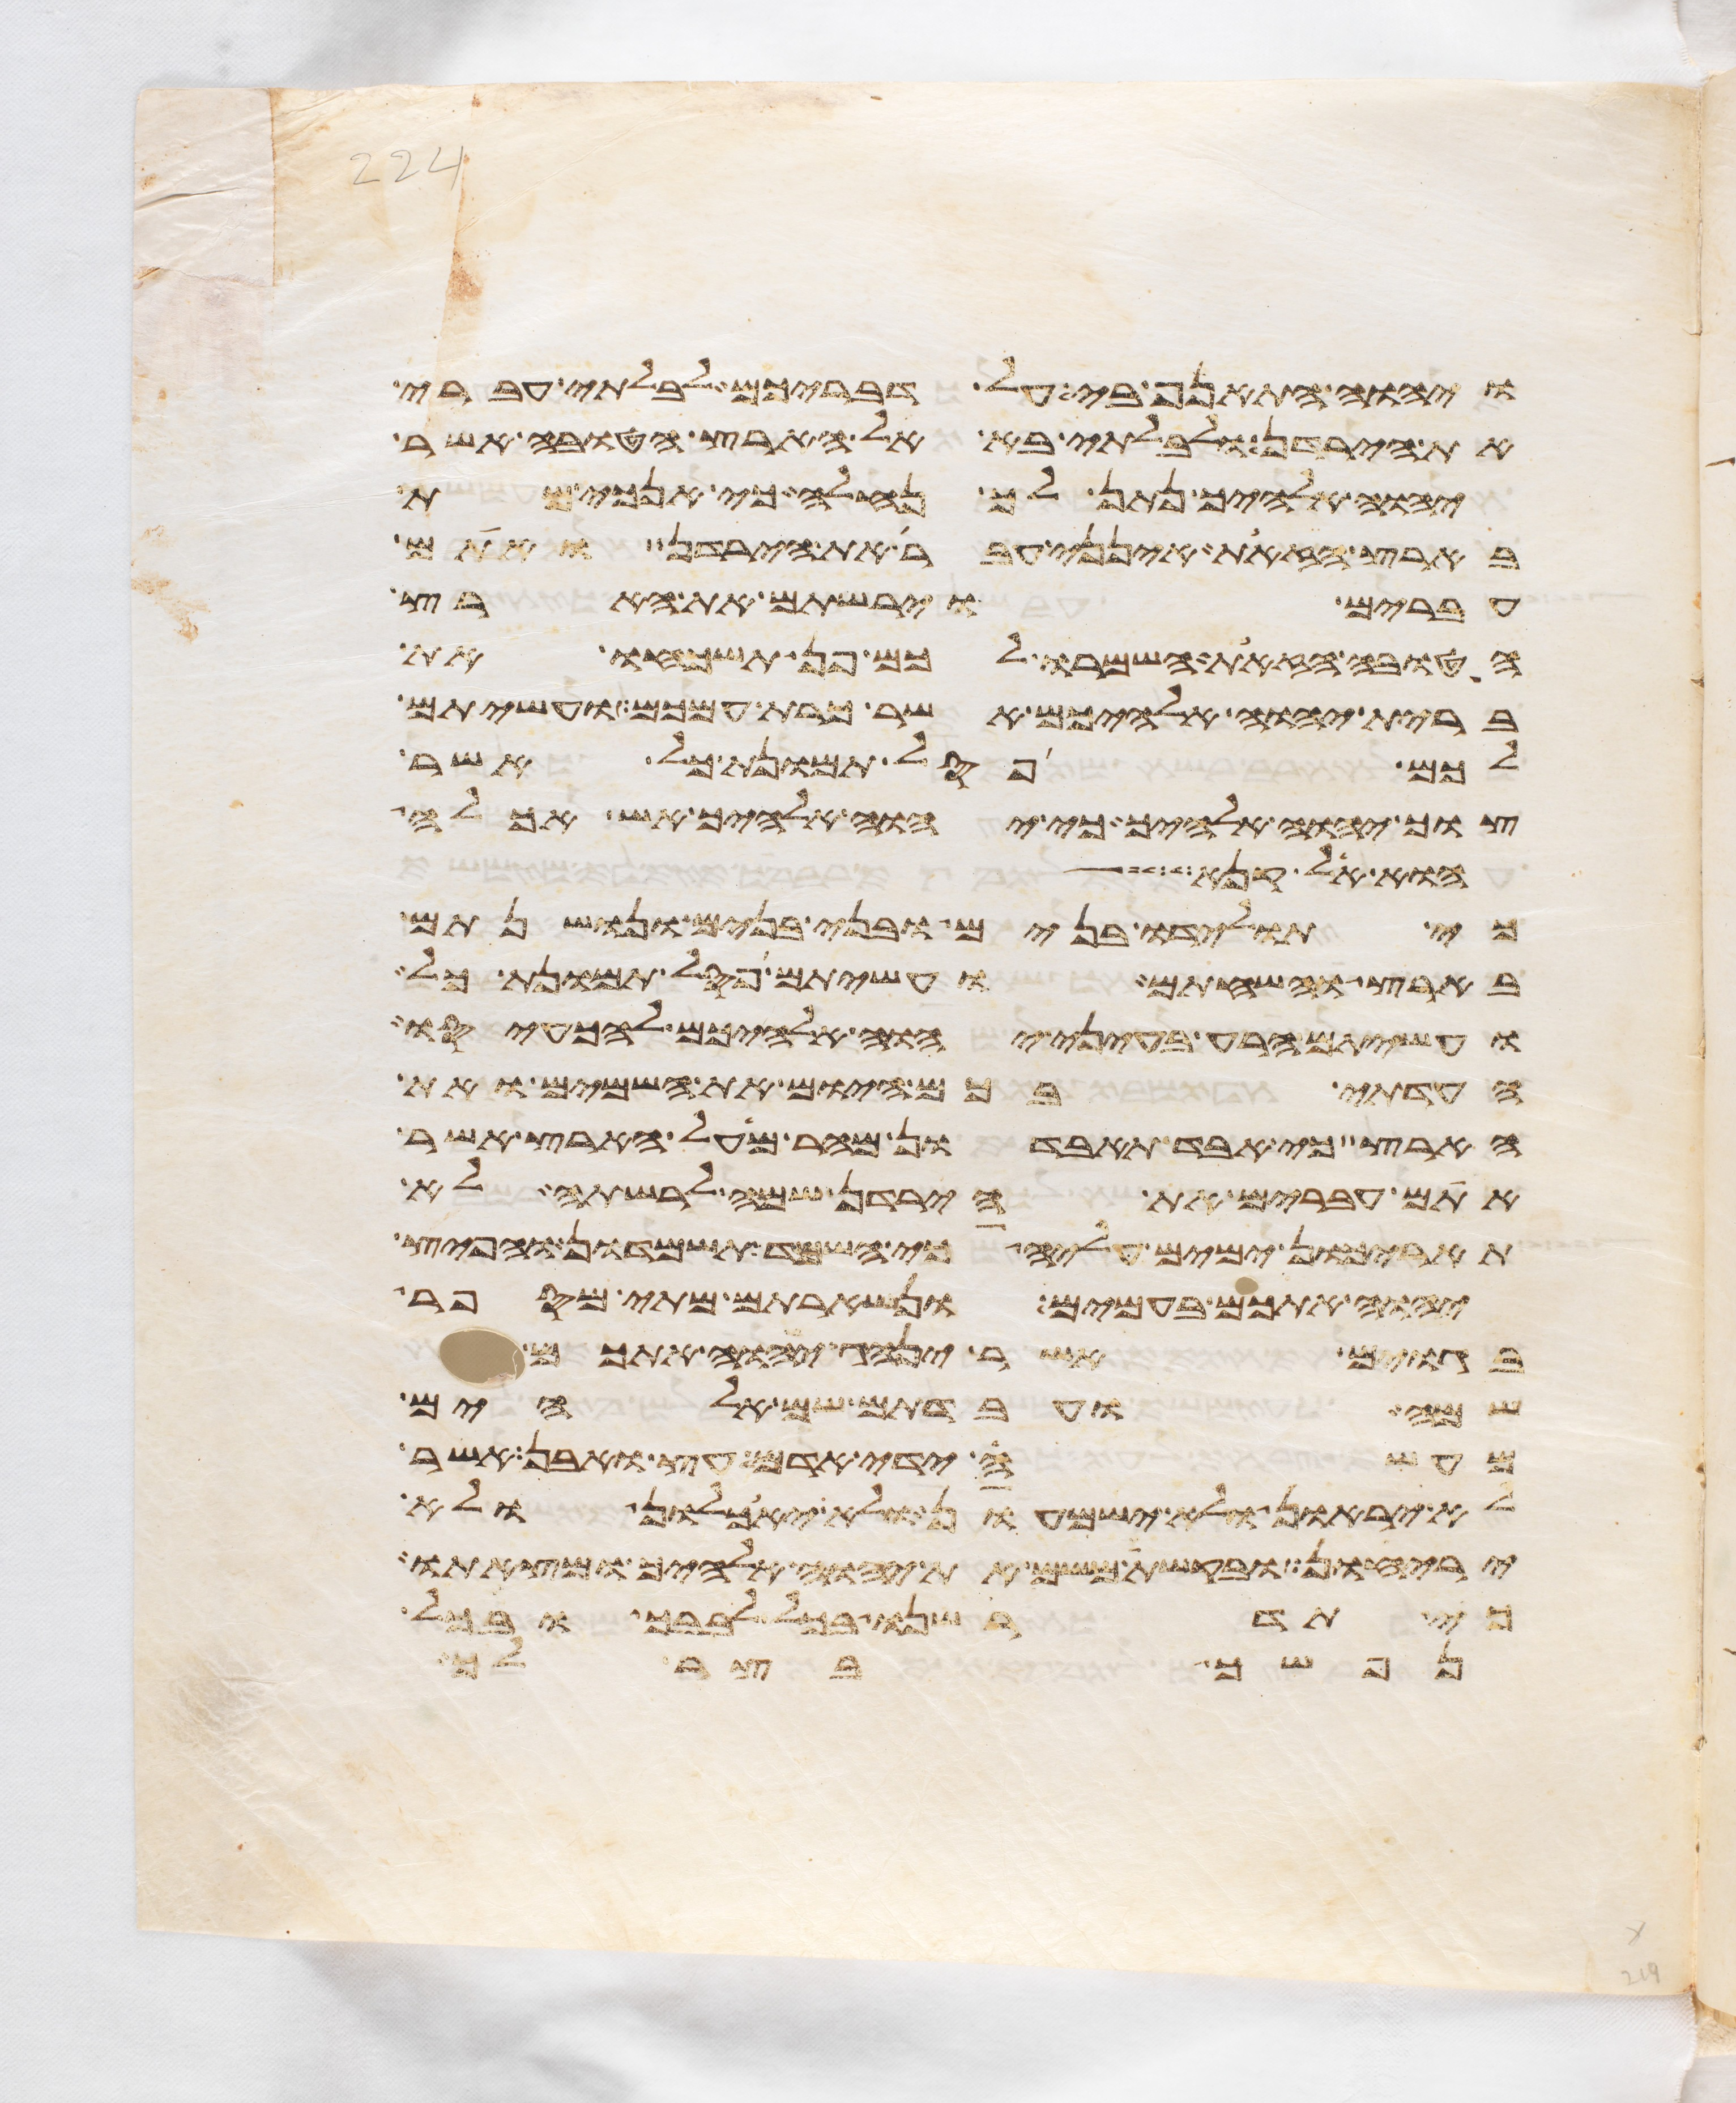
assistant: ויהוה התאנף בי על דבריכם לבלתי עברי
את הירדן ולבלתי בא אל הארץ הטובה אשר
יהוה אלהיך נתן לך נחלה כי אנכי מת
בארץ הזאת אינני עבר את הירדן ואתם
עברים וירשתם את הארץ
הטובה הזאת השמרו לכם פן תשכחו את
ברית יהוה אלהיכם אשר כרת עמכם ועשיתם
לכם פסל תמונת כל אשר
צוך יהוה אלהיך כי יהוה אלהיך אש אכלה
הוא אל קנא
כי תולידו בנים ובני בנים ונושנתם
בארץ והשחתם ועשיתם פסל תמונת כל
ועשיתם הרע בעיני יהוה אלהיכם להכעיסו
העדתי בכם היום את השמים ואת
הארץ כי אבד תאבדון מהר מעל הארץ אשר
אתם עברים את הירדן שמה לרשתה לא
תאריכון ימים עליה כי השמד תשמדון והפיץ
יהוה אתכם בעמים ונשארתם מתי מספר
בגוים אשר ינהג יהוה אתכם
שמה ועבדתם שם אלהים
מעשה ידי אדם עץ ואבן אשר
לא יראון ולא ישמעון ולא יאכלון ולא
יריחון ובקשת משם את יהוה אלהיך ומצאתו
כי תדרשנו בכל לבבך ובכל
נפשך בצר לך